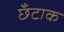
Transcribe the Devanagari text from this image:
छँटाक